Scientific memoirs by medical officers of the Army of India - Part III,
Year: 1887
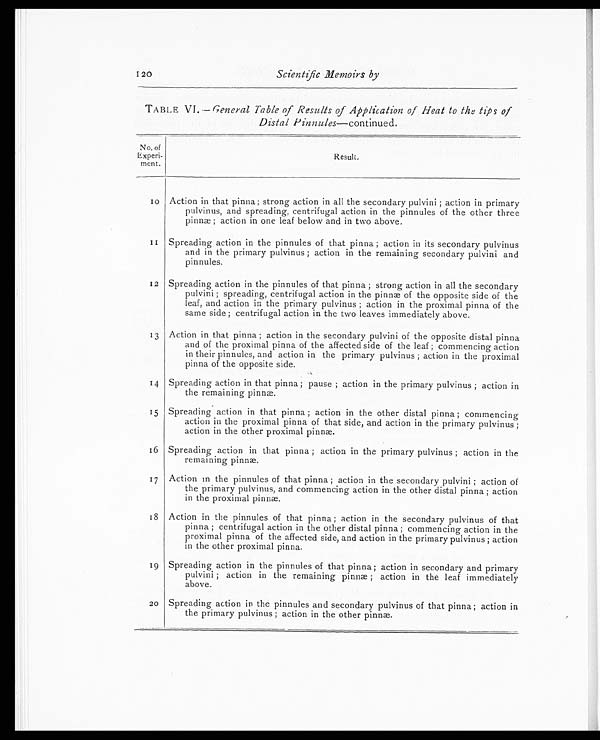
120
Scientific Memoirs by
TABLE VI.—General Table of Results of Application of Heat to the tips of
Distal Pinnules—continued.
No. of
Experi -
ment.
Resul t,
1 0 Action in that pinna ; strong action in all the secondary pulvini ; action in primary
pulvinus, and spreading, centrifugal action in the pinnules of the other three
pinnæ ; action in one leaf below and in two above.
1 1 Spreading action in the pinnules of that pinna ; action in its secondary pulvinus
and in the primary pulvinus ; action in the remaining secondary pulvini and
pinnules.
12 Spreading action in the pinnules of that pinna ; strong action in all the secondary
pulvini ; spreading, centrifugal action in the pinnæ of the opposite side of the
leaf, and action in the primary pulvinus ; action in the proximal pinna of the
same side ; centrifugal action in the two leaves immediately above.
13 Action in that pinna ; action in the secondary pulvini of the opposite distal pinna
and of the proximal pinna of the affected side of the leaf ; commencing action
in their pinnules, and action in the primary pulvinus ; action in the proximal
pinna of the opposite side.
14 Spreading action in that pinna ; pause ; action in the primary pulvinus ; action in
the remaining pinnæ.
15 Spreading action in that pinna ; action in the other distal pinna ; commencing
action in the proximal pinna of that side, and action in the primary pulvinus ;
action in the other proximal pinnæ.
16 Spreading action in that pinna ; action in the primary pulvinus ; action in the
remaining pinnæ.
17 Action in the pinnules of that pinna ; action in the secondary pulvini ; action of
the primary pulvinus, and commencing action in the other distal pinna ; action
in the proximal pinnæ.
18 Action in the pinnules of that pinna; action in the secondary pulvinus of that
pinna ; centrifugal action in the other distal pinna; commencing action in the
proximal pinna of the affected side, and action in the primary pulvinus ; action
in the other proximal pinna.
19 Spreading action in the pinnules of that pinna; action in secondary and primary
pulvini ; action in the remaining pinnæ; action in the leaf immediately
above.
2 0 Spreading action in the pinnules and secondary pulvinus of that pinna; action in
the primary pulvinus ; action in the other pinnæ.